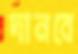
দানবে